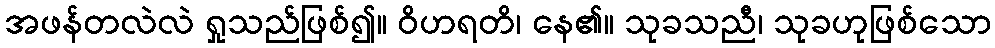
အဖန်တလဲလဲ ရှုသည်ဖြစ်၍။ ဝိဟရတိ၊ နေ၏။ သုခသညီ၊ သုခဟုဖြစ်သော